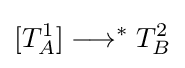
[T_{A}^{1}]\longrightarrow ^{*}T_{B}^{2}